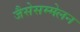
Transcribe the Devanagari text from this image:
जैसेसम्मेलन